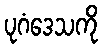
ပုဂံဒေသကို